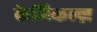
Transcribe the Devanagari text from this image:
केमिकल्ज़